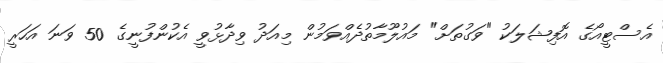
އެސްޓީއޯގެ އޮފިޝަލަކު "ވަގުތަށް" މައުލޫމާތުދެއްވަމުން މިއަދު ވިދާޅުވީ އެކުންފުނީގެ 50 ވަނަ އަހަރީ